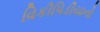
વિકીપિડીયાનો